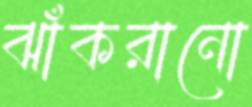
ঝাঁকরানো